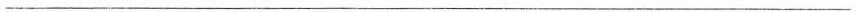
___